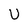
Character: U